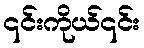
၎င်းကိုယ်၎င်း